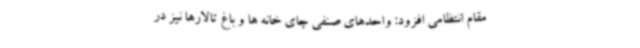
مقام انتظامی افزود: واحدهای صنفی چای خانه ها و باغ تالارها نیز در